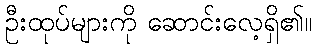
ဦးထုပ်များကို ဆောင်းလေ့ရှိ၏။